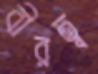
বীরত্ব